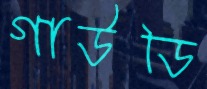
গাউডি